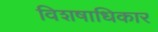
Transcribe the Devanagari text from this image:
विशषाधिकार